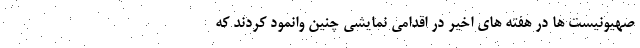
صهیونیست ها در هفته های اخیر در اقدامی نمایشی چنین وانمود کردند که